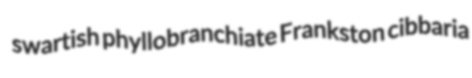
swartish phyllobranchiate Frankston cibbaria